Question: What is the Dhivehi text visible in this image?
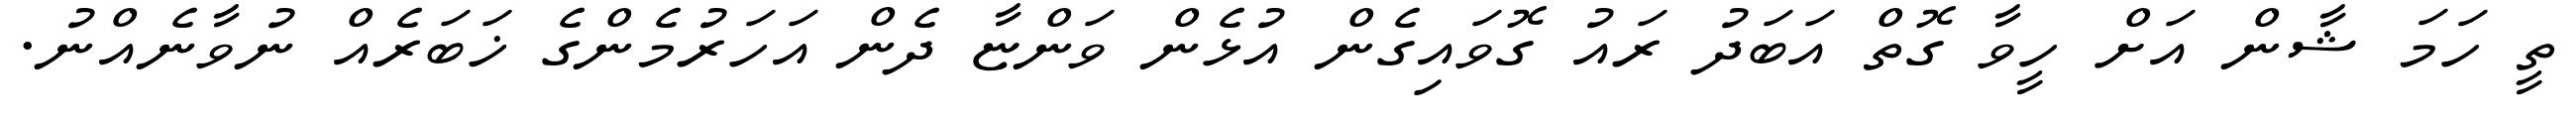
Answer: ތީ ހަމަ ޝާން އަށް ހީވާ ގޮތް އަބަދު ރައު ގޮވައިގެން އުޅެން ވަންޏާ ދެން އަހަރުމެންގެ ޚަބަރެއް ނުވާނެއްނު.